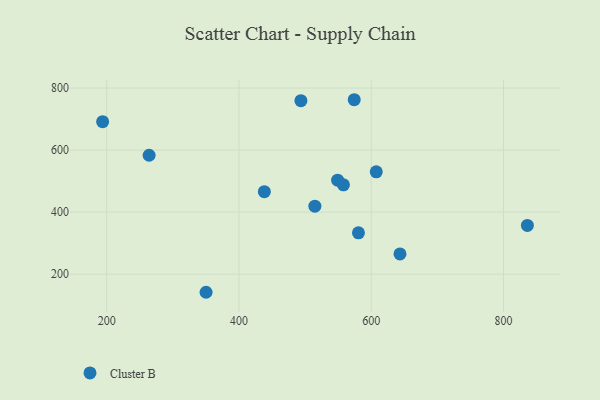
{"axis": {"x": "Ad Spend", "y": "Salary"}, "legend": ["Cluster B"], "data": [{"x": "836.1", "y": 357.0, "type": "Cluster B"}, {"x": "558.0", "y": 488.0, "type": "Cluster B"}, {"x": "438.4", "y": 465.9, "type": "Cluster B"}, {"x": "643.5", "y": 265.1, "type": "Cluster B"}, {"x": "193.9", "y": 691.5, "type": "Cluster B"}, {"x": "514.8", "y": 419.2, "type": "Cluster B"}, {"x": "574.3", "y": 762.4, "type": "Cluster B"}, {"x": "493.7", "y": 759.2, "type": "Cluster B"}, {"x": "549.2", "y": 503.0, "type": "Cluster B"}, {"x": "607.6", "y": 529.9, "type": "Cluster B"}, {"x": "350.3", "y": 141.5, "type": "Cluster B"}, {"x": "264.2", "y": 583.4, "type": "Cluster B"}, {"x": "580.7", "y": 333.2, "type": "Cluster B"}]}